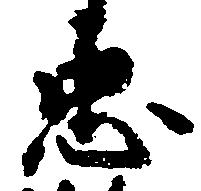
忠